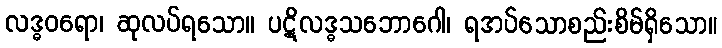
လဒ္ဓဝရော၊ ဆုလပ်ရသော။ ပဋိလဒ္ဓသဘောဂေါ၊ ရအပ်သောစည်းစိမ်ရှိသော။